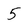
Character: 5